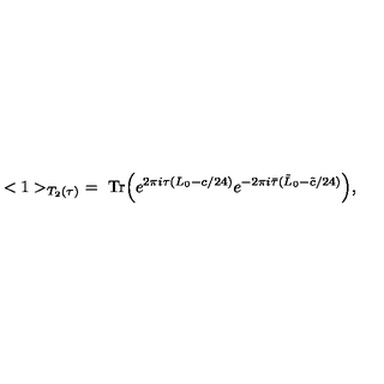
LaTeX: < 1 > _ { T _ { 2 } ( \tau ) } \ = \ \mathrm { T r } \Bigl ( e ^ { 2 \pi i \tau ( L _ { 0 } - c / 2 4 ) } e ^ { - 2 \pi i \bar { \tau } ( \tilde { L } _ { 0 } - \tilde { c } / 2 4 ) } \Bigr ) ,